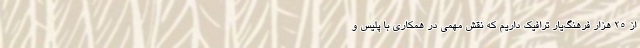
از 25 هزار فرهنگ‌یار ترافیک داریم که نقش مهمی در همکاری با پلیس و